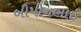
બીપીનભાઈ